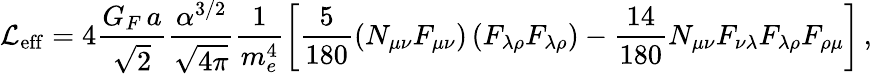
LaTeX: {\cal L}_{\mathrm{eff}}=4\frac{G_{F}\, a}{\sqrt{\displaystyle 2}}\frac{\alpha^{3/2}}{\sqrt{\displaystyle 4\pi}}\frac{1}{m_{e}^{4}}\left[\frac{5}{180}\left(N_{\mu\nu}F_{\mu\nu}\right)\left(F_{\lambda\rho}F_{\lambda\rho}\right)-\frac{14}{180}N_{\mu\nu}F_{\nu\lambda}F_{\lambda\rho}F_{\rho\mu}\right]\, ,